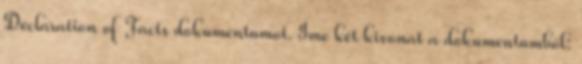
Declaration of Facts dokumentumot. Íme két kivonat a dokumentumból: